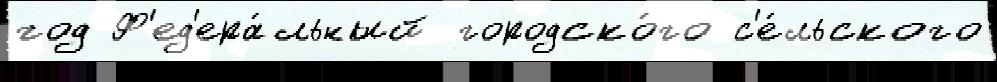
год Ф'ед'ера́льный городско́го с'е́льского